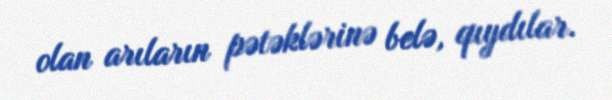
olan arıların pətəklərinə belə, qıydılar.